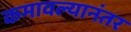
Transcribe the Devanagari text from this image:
कमावल्यानंतर